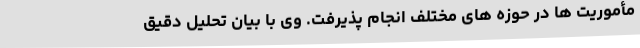
مأموریت ها در حوزه های مختلف انجام پذیرفت. وی با بیان تحلیل دقیق